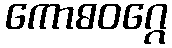
ကောဓဝဂ္ဂေ